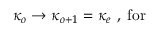
\kappa _ { o } \rightarrow \kappa _ { o + 1 } = \kappa _ { e } \, \, , \; \mathrm { f o r ~ }